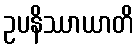
ဥပနိဿာယာတိ